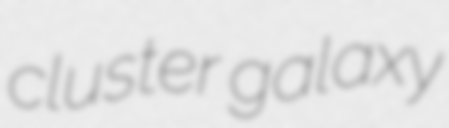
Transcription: cluster galaxy